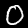
Label: 0